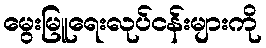
မွေးမြူရေးလုပ်ငန်းများကို